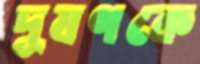
দূষণকে